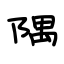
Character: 隅